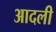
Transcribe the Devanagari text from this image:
आदली